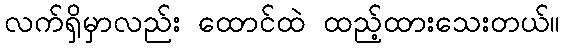
လက်ရှိမှာလည်း ထောင်ထဲ ထည့်ထားသေးတယ်။